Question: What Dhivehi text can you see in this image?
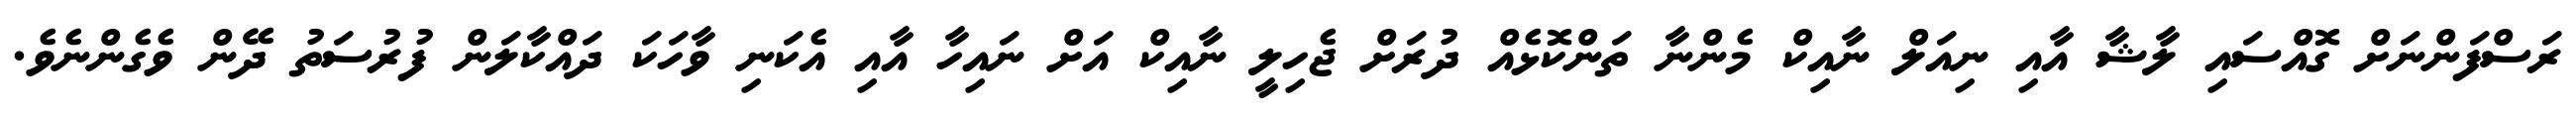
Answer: ރަސްފަންނަށް ގޮއްސައި ލާޝާ އާއި ނިއަލް ނާއިކް މެންނާ ތަންކޮޅެއް ދުރަށް ޖެހިލީ ނާއިކް އަށް ނައިހާ އާއި އެކަނި ވާހަކަ ދައްކާލަން ފުރުސަތު ދޭން ވެގެންނެވެ.